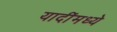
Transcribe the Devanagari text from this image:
यादींमध्ये